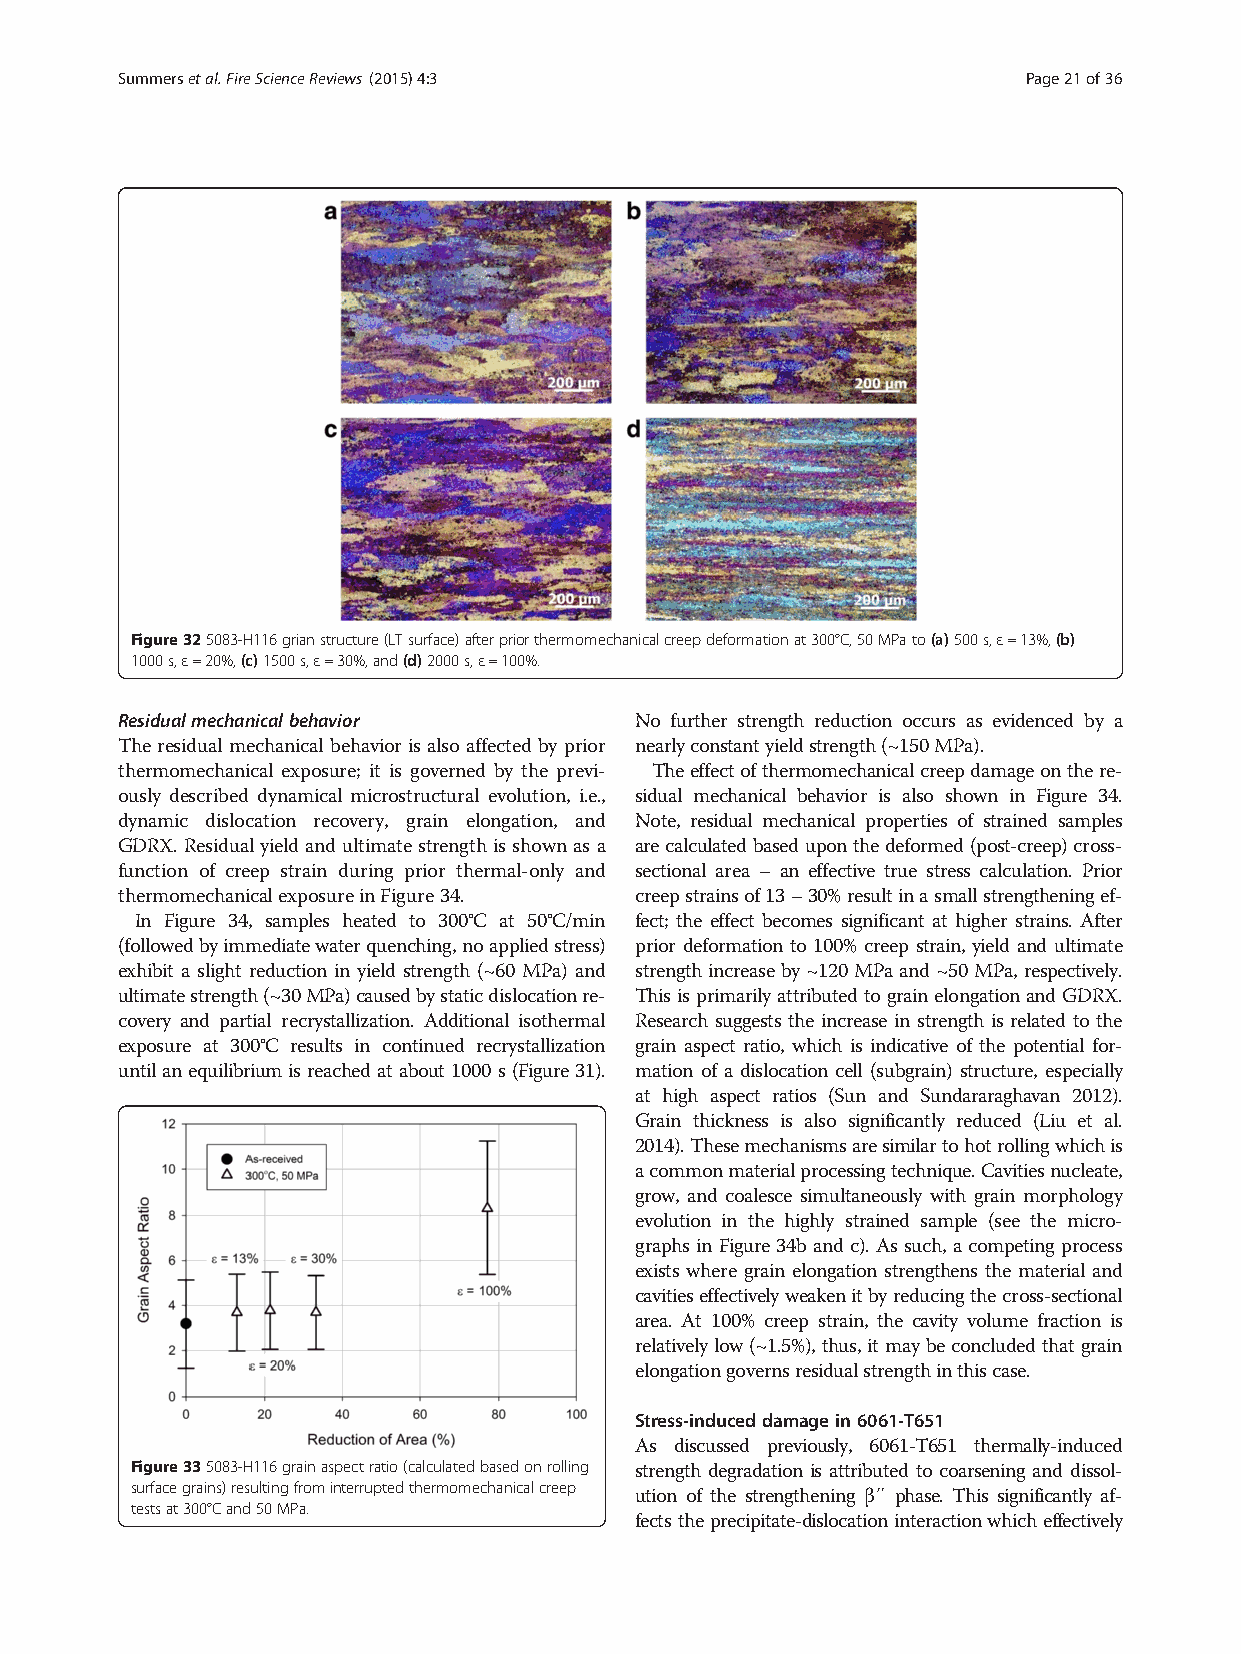
Summersetal.FireScienceReviews (2015) 4:3                   Page21of36
 Figure325083-H116grianstructure(LTsurface)afterpriorthermomechanicalcreepdeformationat300°C,50MPato(a)500s,ε=13%,(b)
 1000s,ε=20%,(c)1500s,ε=30%,and(d)2000s,ε=100%.
 Residualmechanicalbehavior        No further strength reduction occurs as evidenced by a
 The residualmechanical behavior is alsoaffected by prior nearlyconstantyieldstrength(~150MPa).
 thermomechanical exposure; it is governed by the previ- Theeffectofthermomechanicalcreepdamageonthere-
 ously described dynamical microstructural evolution, i.e., sidual mechanical behavior is also shown in Figure 34.
 dynamic dislocation recovery, grain elongation, and Note, residual mechanical properties of strained samples
 GDRX.Residualyieldandultimatestrengthisshownasa arecalculatedbaseduponthedeformed(post-creep)cross-
 function of creep strain during prior thermal-only and sectional area – an effective true stress calculation. Prior
 thermomechanicalexposureinFigure34. creepstrainsof13–30%resultinasmallstrengtheningef-
 In Figure 34, samples heated to 300°C at 50°C/min fect; the effect becomes significant at higher strains. After
 (followedbyimmediatewaterquenching,noappliedstress) prior deformation to 100% creep strain, yield and ultimate
 exhibit a slight reduction in yield strength (~60 MPa) and strengthincreaseby~120MPaand~50MPa,respectively.
 ultimatestrength(~30MPa)causedbystaticdislocationre- ThisisprimarilyattributedtograinelongationandGDRX.
 covery and partial recrystallization. Additional isothermal Research suggests the increase in strength is related to the
 exposure at 300°C results in continued recrystallization grain aspect ratio, which is indicative of the potential for-
 untilanequilibriumisreachedatabout1000s(Figure31). mation of a dislocation cell (subgrain) structure, especially
 at high aspect ratios (Sun and Sundararaghavan 2012).
 Grain thickness is also significantly reduced (Liu et al.
 2014).Thesemechanismsaresimilartohotrollingwhichis
 acommonmaterialprocessingtechnique.Cavitiesnucleate,
 grow, and coalesce simultaneously with grain morphology
 evolution in the highly strained sample (see the micro-
 graphs in Figure 34b and c). Assuch, a competing process
 exists where grain elongation strengthens the material and
 cavitieseffectivelyweakenitbyreducingthecross-sectional
 area. At 100% creep strain, the cavity volume fraction is
 relativelylow(~1.5%),thus,itmaybe concludedthatgrain
 elongationgovernsresidualstrengthinthiscase.
 Stress-induceddamagein6061-T651
 As discussed previously, 6061-T651 thermally-induced
 Figure335083-H116grainaspectratio(calculatedbasedonrolling strength degradation is attributed to coarsening and dissol-
 surfacegrains)resultingfrominterruptedthermomechanicalcreep ution of the strengthening β″ phase. This significantly af-
 testsat300°Cand50MPa.
 fectstheprecipitate-dislocationinteractionwhicheffectively